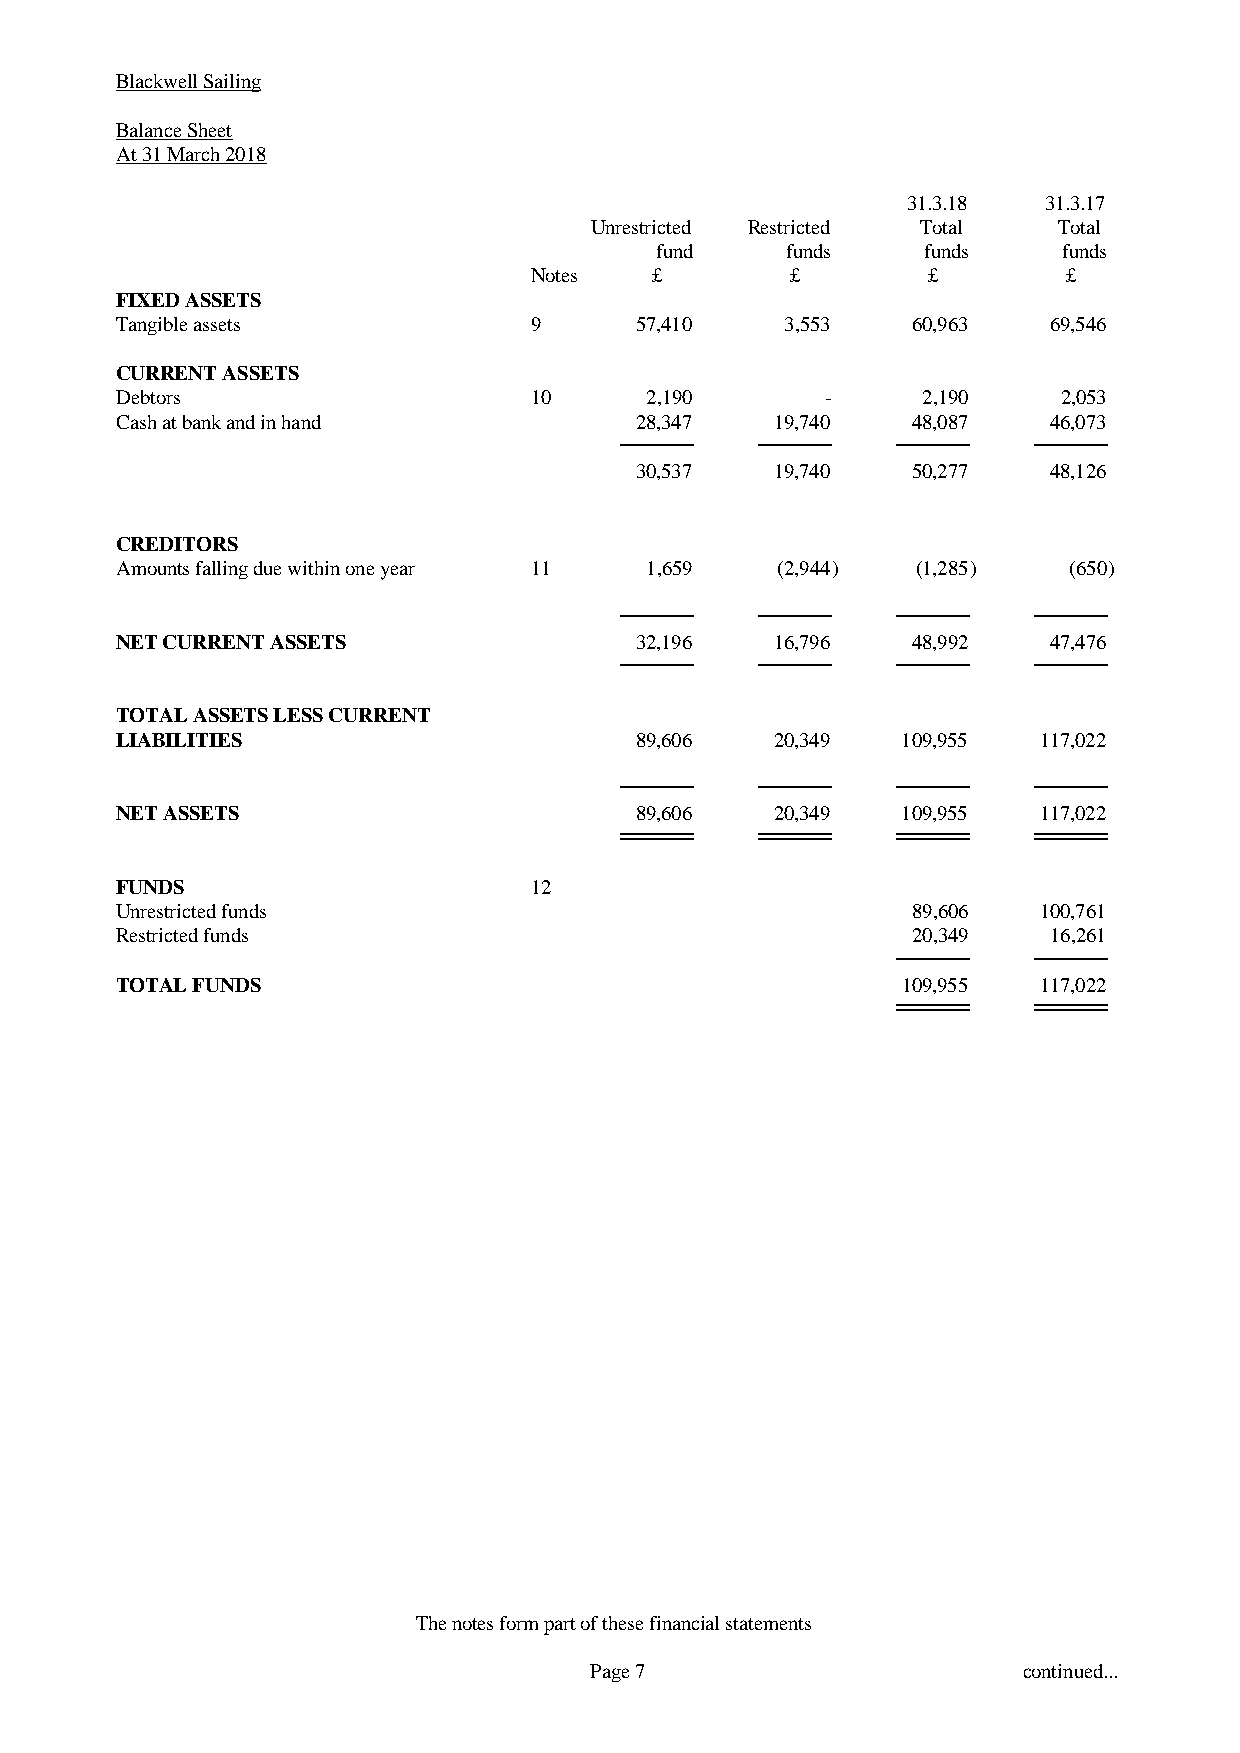
Blackwell Sailing
 Balance Sheet
 At 31 March 2018
 31.3.18  31.3.17
 Unrestricted Restricted Total  Total
 fund     funds    funds    funds
 Notes   £        £        £         £
 FIXED ASSETS
 Tangible assets            9      57,410    3,553   60,963   69,546
 CURRENT ASSETS
 Debtors                    10      2,190       -     2,190    2,053
 Cash at bank and in hand          28,347   19,740   48,087   46,073
 30,537   19,740   50,277   48,126
 CREDITORS
 Amounts falling due within one year 11 1,659 (2,944) (1,285)   (650)
 NET CURRENT ASSETS                32,196   16,796   48,992   47,476
 TOTAL ASSETS LESS CURRENT
 LIABILITIES                       89,606   20,349   109,955  117,022
 NET ASSETS                        89,606   20,349   109,955  117,022
 FUNDS                      12
 Unrestricted funds                                  89,606   100,761
 Restricted funds                                    20,349    16,261
 TOTAL FUNDS                                         109,955  117,022
 The notes form part of these financial statements
 Page 7                       continued...